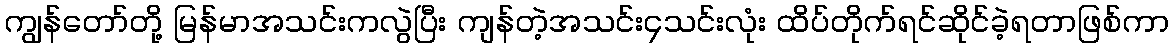
ကျွန်တော်တို့ မြန်မာအသင်းကလွဲပြီး ကျန်တဲ့အသင်း၄သင်းလုံး ထိပ်တိုက်ရင်ဆိုင်ခဲ့ရတာဖြစ်ကာ